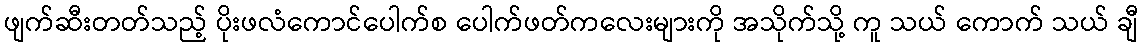
ဖျက်ဆီးတတ်သည့် ပိုးဖလံကောင်ပေါက်စ ပေါက်ဖတ်ကလေးများကို အသိုက်သို့ ကူ သယ် ကောက် သယ် ချီ